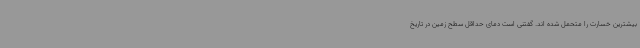
بیشترین خسارت را متحمل شده اند. گفتنی است دمای حداقل سطح زمین در تاریخ